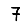
Digit: 7